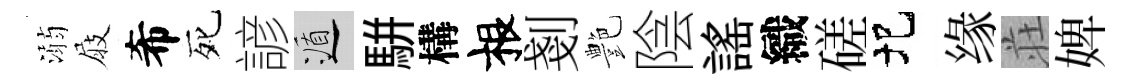
溺屐希死諺遁駢構根剗艶陰謡織磋圯缘荘婢